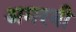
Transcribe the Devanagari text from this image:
अमरबी